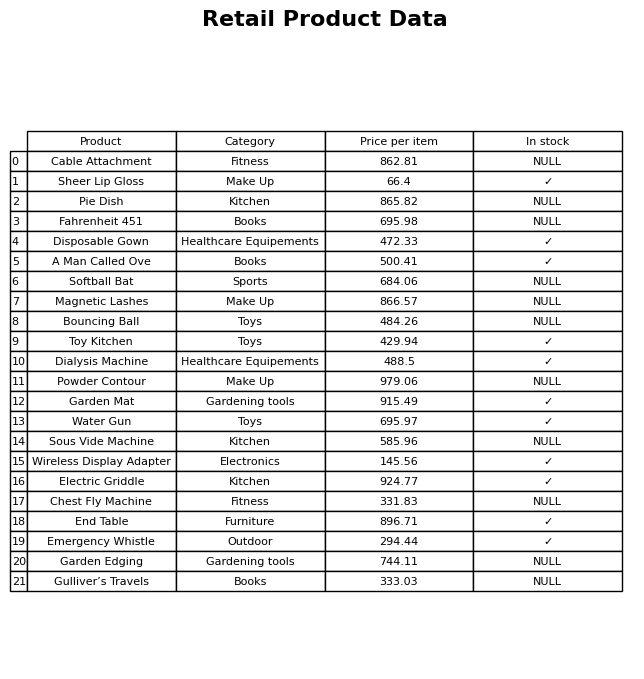
question: What is the price of the Bouncing Ball?
answer: The price of Bouncing Ball is 484.26.